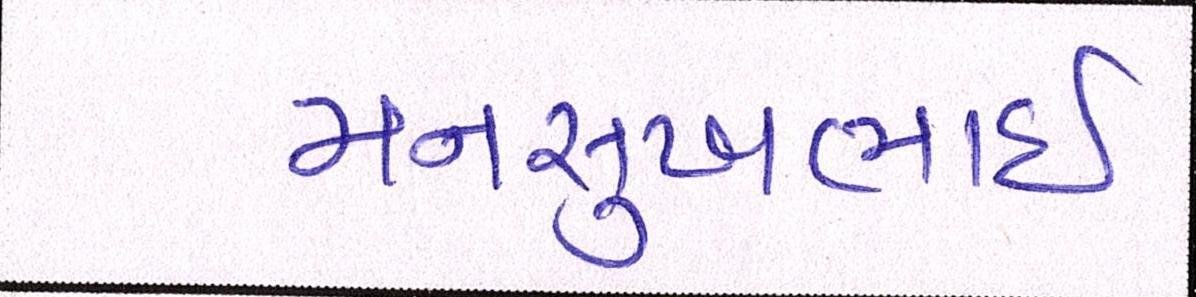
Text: મનસુખભાઈ